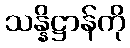
သန္နိဋ္ဌာန်ကို